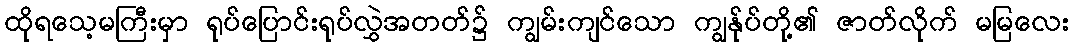
ထိုရသေ့မကြီးမှာ ရုပ်ပြောင်းရုပ်လွှဲအတတ်၌ ကျွမ်းကျင်သော ကျွန်ုပ်တို့၏ ဇာတ်လိုက် မမြလေး